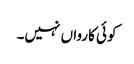
کوئی کارواں نہیں۔